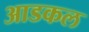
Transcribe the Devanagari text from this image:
आडकल